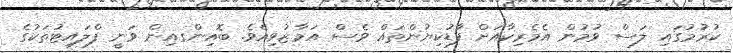
ކުރުމުގައި ލަސް ވުމުން އެމެރިކާއަށް ފާޑުކިޔުންތައް ވެސް އަމާޒުވިއެވެ. ބޮއިންގއިން ވަނީ ފްލައިޓުތަކުގެ